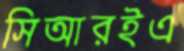
সিআরইএ